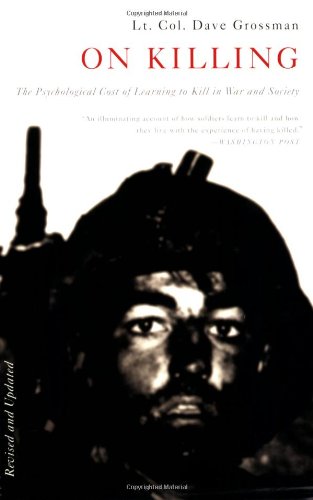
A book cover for On Killing: The Psychological Cost of Learning to Kill in War and Society; Dave Grossman; Engineering & Transportation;